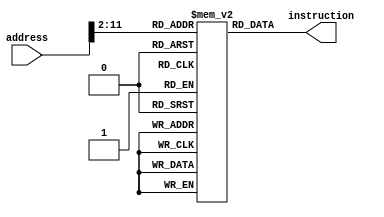
`timescale 1ns / 1ps
module InstructionMemory(
    input [31:0]address,
    output wire [31:0]instruction
    );
	reg [31:0]ROM [1023:0];
		
	assign instruction = ROM[address[31:2]];
	
endmodule